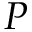
P